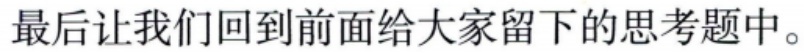
最后让我们回到前面给大家留下的思考题中。